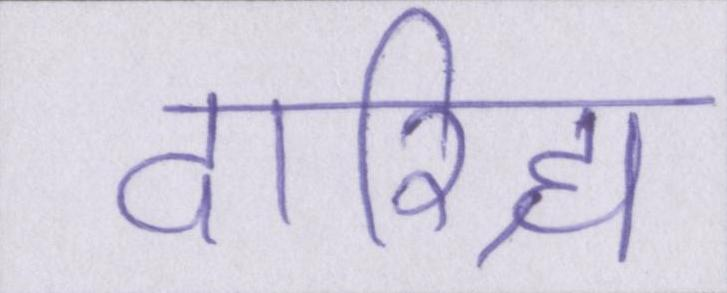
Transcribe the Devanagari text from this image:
दारिद्र्य